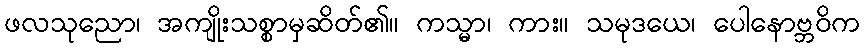
ဖလသုညော၊ အကျိုးသစ္စာမှဆိတ်၏။ ကသ္မာ၊ ကား။ သမုဒယေ၊ ပေါနောဗ္ဘဝိက